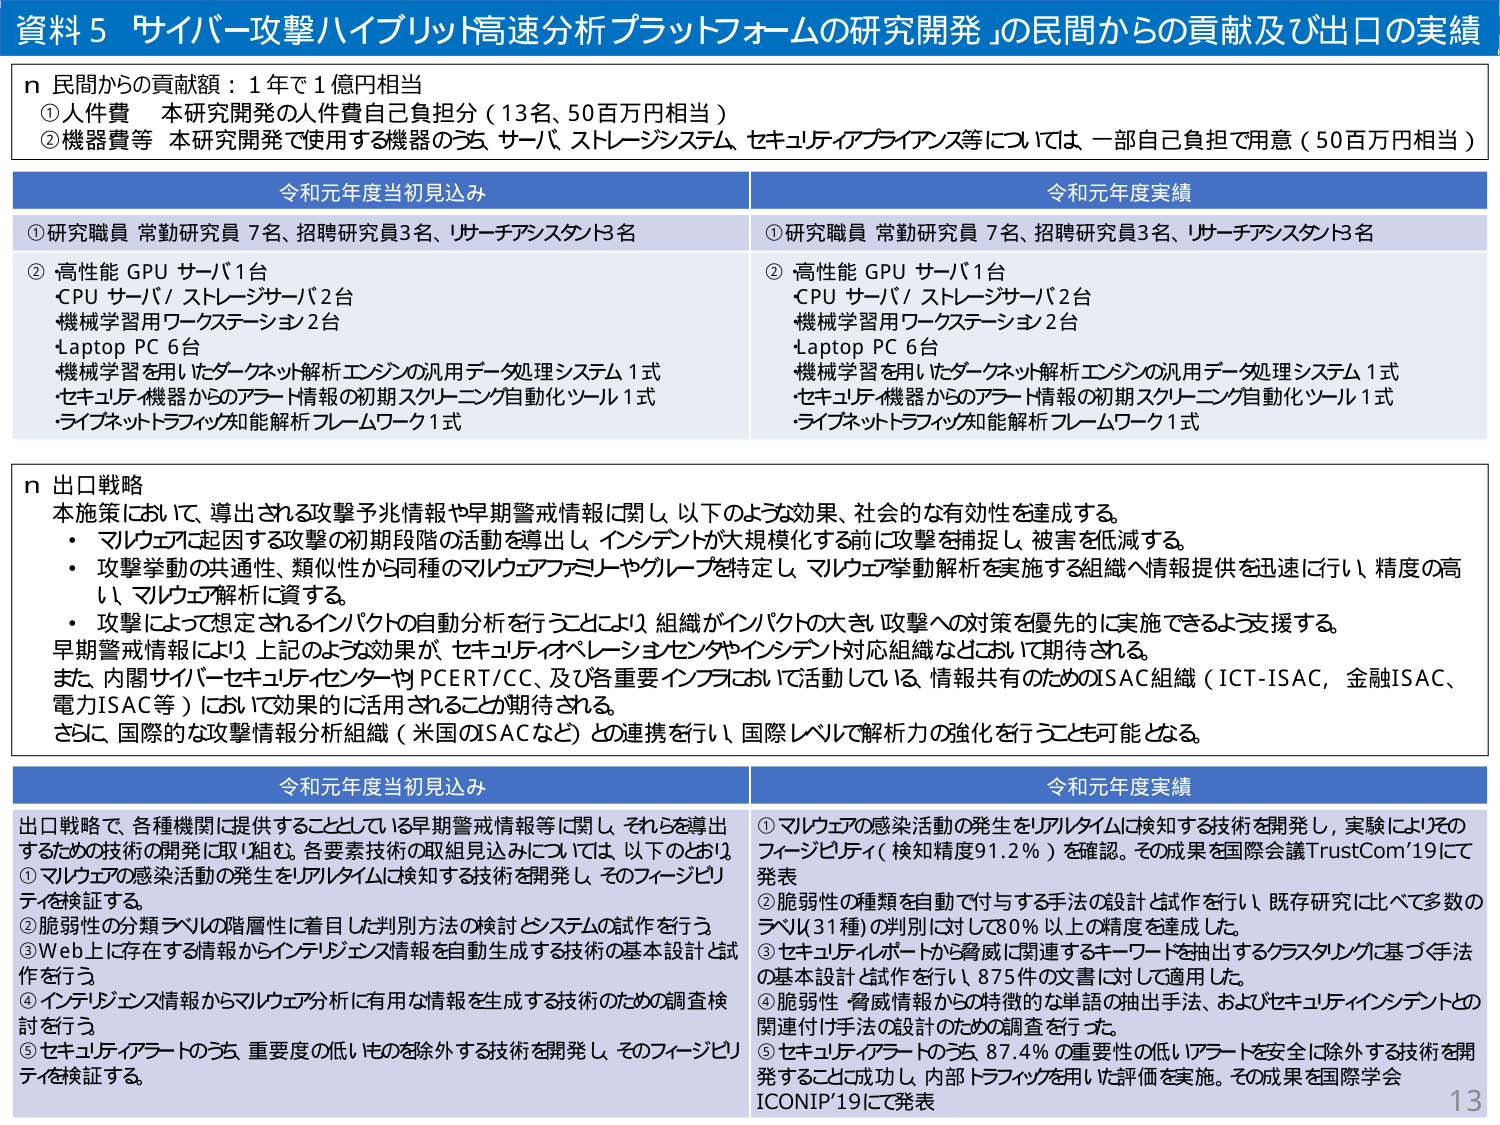
資料5 「サイバー攻撃ハイブリット高速分析プラットフォームの研究開発」の民間からの貢献及び出口の実績

n 民間からの貢献額：1年で1億円相当
①人件費　本研究開発の人件費自己負担分（13名、50百万円相当）
②機器費等　本研究開発で使用する機器のうち、サーバ、ストレージシステム、セキュリティアプライアンス等については、一部自己負担で用意（50百万円相当）

令和元年度当初見込み
①研究職員 常勤研究員7名、招聘研究員3名、リサーチアシスタント3名
②高性能 GPU サーバ1台
・CPU サーバ/ストレージサーバ2台
・機械学習用ワークステーション2台
・Laptop PC 6台
・機械学習を用いたダークネット解析エンジンの汎用データ処理システム1式
・セキュリティ機器からのアラート情報の初期スクリーニング自動化ツール1式
・ライブネットトラフィック知能解析フレームワーク1式

令和元年度実績
①研究職員 常勤研究員7名、招聘研究員3名、リサーチアシスタント3名
②高性能 GPU サーバ1台
・CPU サーバ/ストレージサーバ2台
・機械学習用ワークステーション2台
・Laptop PC 6台
・機械学習を用いたダークネット解析エンジンの汎用データ処理システム1式
・セキュリティ機器からのアラート情報の初期スクリーニング自動化ツール1式
・ライブネットトラフィック知能解析フレームワーク1式

n 出口戦略
本施策において、導出される攻撃予兆情報や早期警戒情報に関し、以下のような効果、社会的な有効性を達成する。
・ マルウェア起因する攻撃の初期段階の活動を導出し、インシデントが大規模化する前に攻撃を捕捉し、被害を低減する。
・ 攻撃挙動の共通性、類似性から同種のマルウェアファミリーやグループを特定し、マルウェア挙動解析を実施する組織へ情報提供を迅速に行い、精度の高い、マルウェア解析に資する。
・ 攻撃によって想定されるインパクトの自動分析を行うことにより、組織がインパクトの大きい攻撃への対策を優先的に実施できるよう支援する。
早期警戒情報により、上記のような効果が、セキュリティオペレーションセンターやインシデント対応組織などにおいて期待される。
また、内閣サイバーセキュリティセンター（PCERT/CC）及び各重要インフラにおいて活動している、情報共有のためのISAC組織（ICT-ISAC、金融ISAC、電力ISAC等）において効果的に活用されることが期待される。
さらに、国際的な攻撃情報分析組織（米国のISACなど）との連携を行い、国際レベルで解析力の強化を行うことも可能となる。

令和元年度当初見込み
出口戦略で、各種機関に提供することとしている早期警戒情報等に関し、それらを導出するための技術の開発に取り組む。各要素技術の取組見込みについては、以下のとおり。
① マルウェアの感染活動の発生をリアルタイムに検知する技術を開発し、そのフィージビリティを検証する。
② 脆弱性の分類ラベルの階層性に着目した判別方法の検討とシステムの試作を行う。
③ Web上に存在する情報からインテリジェンス情報を自動生成する技術の基本設計と試作を行う。
④ インテリジェンス情報からマルウェア分析に有用な情報を生成する技術のための調査検討を行う。
⑤ セキュリティアラートのうち、重要度の低いものを除外する技術を開発し、そのフィージビリティを検証する。

令和元年度実績
① マルウェアの感染活動の発生をリアルタイムに検知する技術を開発し、実験によりそのフィージビリティ（検知精度91.2％）を確認。その成果を国際会議TrustCom'19にて発表
② 脆弱性の種類を自動で付与する手法の設計と試作を行い、既存研究に比べて多数のラベル（31種）の判別に対して80％以上の精度を達成した。
③ セキュリティレポートから脅威に関連するキーワードを抽出するクラスタリングに基づく手法の基本設計と試作を行い、875件の文書に対して適用した。
④ 脆弱性・脅威情報からの特徴的な単語の抽出手法、およびセキュリティインシデントとの関連付け手法の設計のための調査を行った。
⑤ セキュリティアラートのうち、87.4％の重要性の低いアラートを安全に除外する技術を開発することに成功し、内部トラフィックを用いた評価を実施。その成果を国際学会ICONIP'19にて発表

13